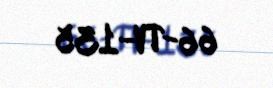
66-TV-135